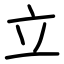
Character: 立